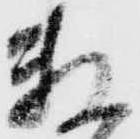
数